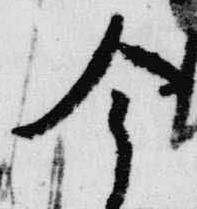
今